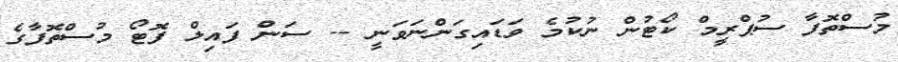
މުސްތޮފާ ސުޕްރީމް ކޯޓުން ނުކުމެ ވަޑައިގަންނަވަނީ -- ސަން ފައިލް ފޮޓޯ މުސްތޮފާގެ